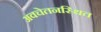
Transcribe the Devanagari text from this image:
अवचेतनस्थित